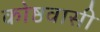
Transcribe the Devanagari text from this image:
कोष्ठवासी